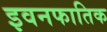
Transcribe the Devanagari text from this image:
इवनफातिक